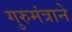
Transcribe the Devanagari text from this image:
गुरुमंत्राने